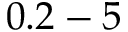
0 . 2 - 5